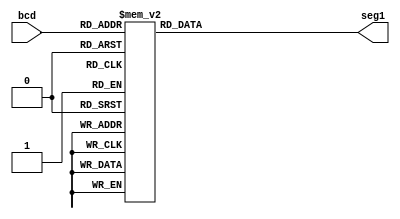
`timescale 1ns / 1ps
//////////////////////////////////////////////////////////////////////////////////
// Company: 
// Engineer: 
// 
// Design Name: 
// Module Name: Segment_Seconds
// Project Name: 
// Target Devices: 
// Tool Versions: 
// Description: 
// 
// Dependencies: 
// 
// Revision:
// Revision 0.01 - File Created
// Additional Comments:
// 
//////////////////////////////////////////////////////////////////////////////////


//Malak Majeed Ullah khan
module Segment_Seconds(bcd,seg1);

input [5:0] bcd;
output reg [13:0] seg1;

always @ (bcd)
begin
   case(bcd)
          0: seg1 = 14'b0000001_0000001; // "0"     
          1: seg1 = 14'b0000001_1001111; // "1" 
          2: seg1 = 14'b0000001_0010010; // "2" 
          3: seg1 = 14'b0000001_0000110; // "3" 
          4: seg1 = 14'b0000001_1001100; // "4" 
          5: seg1 = 14'b0000001_0100100; // "5" 
          6: seg1 = 14'b0000001_0100000; // "6" 
          7: seg1 = 14'b0000001_0001111; // "7" 
          8: seg1 = 14'b0000001_0000000; // "8"     
          9: seg1 = 14'b0000001_0000100; // "9"
          
          10: seg1 = 14'b1001111_0000001; // "10"     
          11: seg1 = 14'b1001111_1001111; // "11" 
          12: seg1 = 14'b1001111_0010010; // "12" 
          13: seg1 = 14'b1001111_0000110; // "13" 
          14: seg1 = 14'b1001111_1001100; // "14" 
          15: seg1 = 14'b1001111_0100100; // "15" 
          16: seg1 = 14'b1001111_0100000; // "16" 
          17: seg1 = 14'b1001111_0001111; // "17" 
          18: seg1 = 14'b1001111_0000000; // "18"     
          19: seg1 = 14'b1001111_0000100; // "19"
          
  
          20: seg1 = 14'b0010010_0000001; // "10"     
          21: seg1 = 14'b0010010_1001111; // "11" 
          22: seg1 = 14'b0010010_0010010; // "12" 
          23: seg1 = 14'b0010010_0000110; // "13" 
          24: seg1 = 14'b0010010_1001100; // "14" 
          25: seg1 = 14'b0010010_0100100; // "15" 
          26: seg1 = 14'b0010010_0100000; // "16" 
          27: seg1 = 14'b0010010_0001111; // "17" 
          28: seg1 = 14'b0010010_0000000; // "18"     
          29: seg1 = 14'b0010010_0000100; // "19"


          30: seg1 = 14'b0000110_0000001; // "10"     
          31: seg1 = 14'b0000110_1001111; // "11" 
          32: seg1 = 14'b0000110_0010010; // "12" 
          33: seg1 = 14'b0000110_0000110; // "13" 
          34: seg1 = 14'b0000110_1001100; // "14" 
          35: seg1 = 14'b0000110_0100100; // "15" 
          36: seg1 = 14'b0000110_0100000; // "16" 
          37: seg1 = 14'b0000110_0001111; // "17" 
          38: seg1 = 14'b0000110_0000000; // "18"     
          39: seg1 = 14'b0000110_0000100; // "19"

          40: seg1 = 14'b1001100_0000001; // "10"     
          41: seg1 = 14'b1001100_1001111; // "11" 
          42: seg1 = 14'b1001100_0010010; // "12" 
          43: seg1 = 14'b1001100_0000110; // "13" 
          44: seg1 = 14'b1001100_1001100; // "14" 
          45: seg1 = 14'b1001100_0100100; // "15" 
          46: seg1 = 14'b1001100_0100000; // "16" 
          47: seg1 = 14'b1001100_0001111; // "17" 
          48: seg1 = 14'b1001100_0000000; // "18"     
          49: seg1 = 14'b1001100_0000100; // "19"

          50: seg1 = 14'b0100100_0000001; // "10"     
          51: seg1 = 14'b0100100_1001111; // "11" 
          52: seg1 = 14'b0100100_0010010; // "12" 
          53: seg1 = 14'b0100100_0000110; // "13" 
          54: seg1 = 14'b0100100_1001100; // "14" 
          55: seg1 = 14'b0100100_0100100; // "15" 
          56: seg1 = 14'b0100100_0100000; // "16" 
          57: seg1 = 14'b0100100_0001111; // "17" 
          58: seg1 = 14'b0100100_0000000; // "18"     
          59: seg1 = 14'b0100100_0000100; // "19"
          
             
  
          default: seg1 = 14'b0000001_0000001;
    endcase
   
end    

endmodule